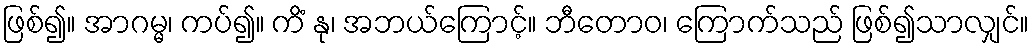
ဖြစ်၍။ အာဂမ္မ၊ ကပ်၍။ ကိံ နု၊ အဘယ်ကြောင့်။ ဘီတောဝ၊ ကြောက်သည် ဖြစ်၍သာလျှင်။